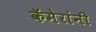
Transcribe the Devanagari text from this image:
कॅमेरांनी